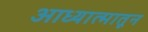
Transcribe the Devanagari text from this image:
आध्यात्मातून